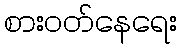
စားဝတ်နေရေး